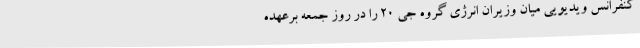
کنفرانس ویدیویی میان وزیران انرژی گروه جی 20 را در روز جمعه برعهده